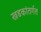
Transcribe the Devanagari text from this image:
खडकांतर्गत